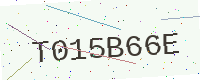
Text: T015B66E